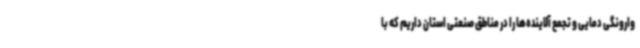
وارونگی دمایی و تجمع آلاینده‌ها را در مناطق صنعتی استان داریم که با